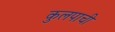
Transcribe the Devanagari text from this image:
कुलपाची